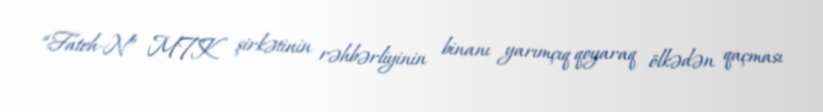
“Fateh-N” MTK şirkətinin rəhbərliyinin binanı yarımçıq qoyaraq ölkədən qaçması